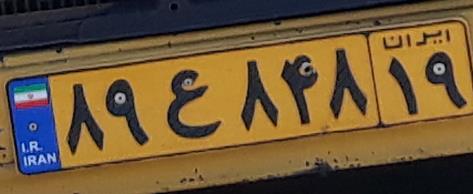
۸۹ع۸۴۸۱۹